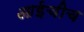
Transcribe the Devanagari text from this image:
आईचीच